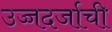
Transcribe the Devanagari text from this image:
उच्चदर्जाची